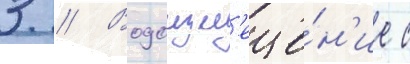
3 // Водоизм'еще́н'ие с